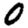
Digit: 0